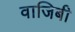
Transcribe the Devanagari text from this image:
वाजिबी